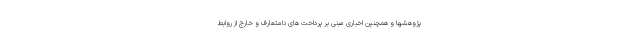
پژوهشها و همچنین اخباری مبنی بر پرداخت های نامتعارف و خارج از روابط